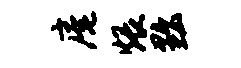
庵煨黜